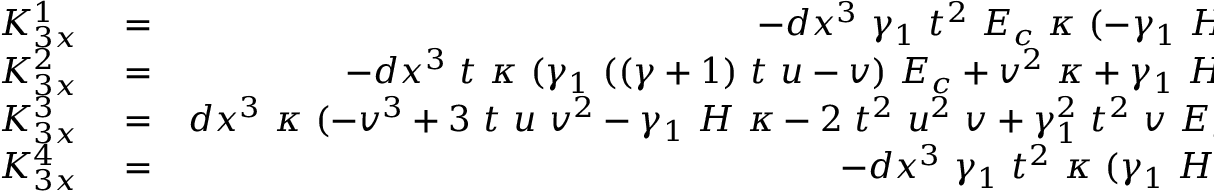
\begin{array} { r l r } { K _ { 3 x } ^ { 1 } } & { { } = } & { - d x ^ { 3 } ~ \gamma _ { 1 } ~ t ^ { 2 } ~ E _ { c } ~ \kappa ~ ( - \gamma _ { 1 } ~ H + ( \gamma + 1 ) E _ { c } ) } \\ { K _ { 3 x } ^ { 2 } } & { { } = } & { - d x ^ { 3 } ~ t ~ \kappa ~ ( \gamma _ { 1 } ~ ( ( \gamma + 1 ) ~ t ~ u - v ) ~ E _ { c } + v ^ { 2 } ~ \kappa + \gamma _ { 1 } ~ H ~ ( v - \gamma _ { 1 } ~ t ~ u ) ) } \\ { K _ { 3 x } ^ { 3 } } & { { } = } & { d x ^ { 3 } ~ \kappa ~ ( - v ^ { 3 } + 3 ~ t ~ u ~ v ^ { 2 } - \gamma _ { 1 } ~ H ~ \kappa - 2 ~ t ^ { 2 } ~ u ^ { 2 } ~ v + \gamma _ { 1 } ^ { 2 } ~ t ^ { 2 } ~ v ~ E _ { c } + \gamma _ { 1 } ~ H ~ t ^ { 2 } ~ v } \\ { K _ { 3 x } ^ { 4 } } & { { } = } & { - d x ^ { 3 } ~ \gamma _ { 1 } ~ t ^ { 2 } ~ \kappa ~ ( \gamma _ { 1 } ~ H - ( \gamma + 1 ) ~ E _ { c } ) } \end{array}